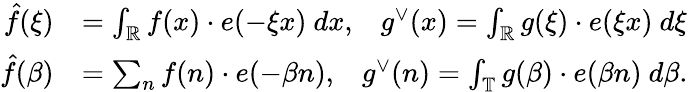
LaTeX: \begin{array}{rl}{\hat{f}(\xi)}&{=\int_{\mathbb{R}}f(x)\cdot e(-\xi x)\ dx,\; \; \; g^{\vee}(x)=\int_{\mathbb{R}}g(\xi)\cdot e(\xi x)\ d\xi}\\ {\hat{f}(\beta)}&{=\sum_{n}f(n)\cdot e(-\beta n),\; \; \; g^{\vee}(n)=\int_{\mathbb{T}}g(\beta)\cdot e(\beta n)\ d\beta.}\end{array}